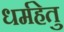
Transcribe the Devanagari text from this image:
धर्महेतु